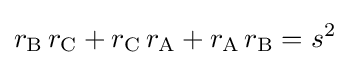
r_{\text{B}}\,r_{\text{C}}+r_{\text{C}}\,r_{\text{A}}+r_{\text{A}}\,r_{\text{B}}=s^{2}